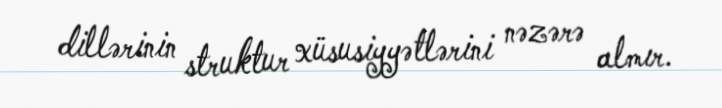
dillərinin struktur xüsusiyyətlərini nəzərə almır.